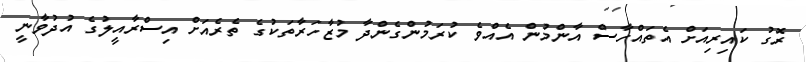
ރޮގު ކައިރިއަށް އެތައްހާސް އާންމުން އެއްވެ ކުރަމުންގެންދާ މުޒާހަރާތަކުގެ ތެރެއަށް އިސްރާއީލުގެ އުދުވާނީ